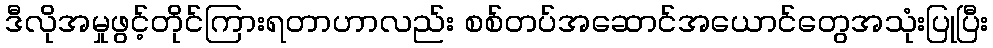
ဒီလိုအမှုဖွင့်တိုင်ကြားရတာဟာလည်း စစ်တပ်အဆောင်အယောင်တွေအသုံးပြုပြီး